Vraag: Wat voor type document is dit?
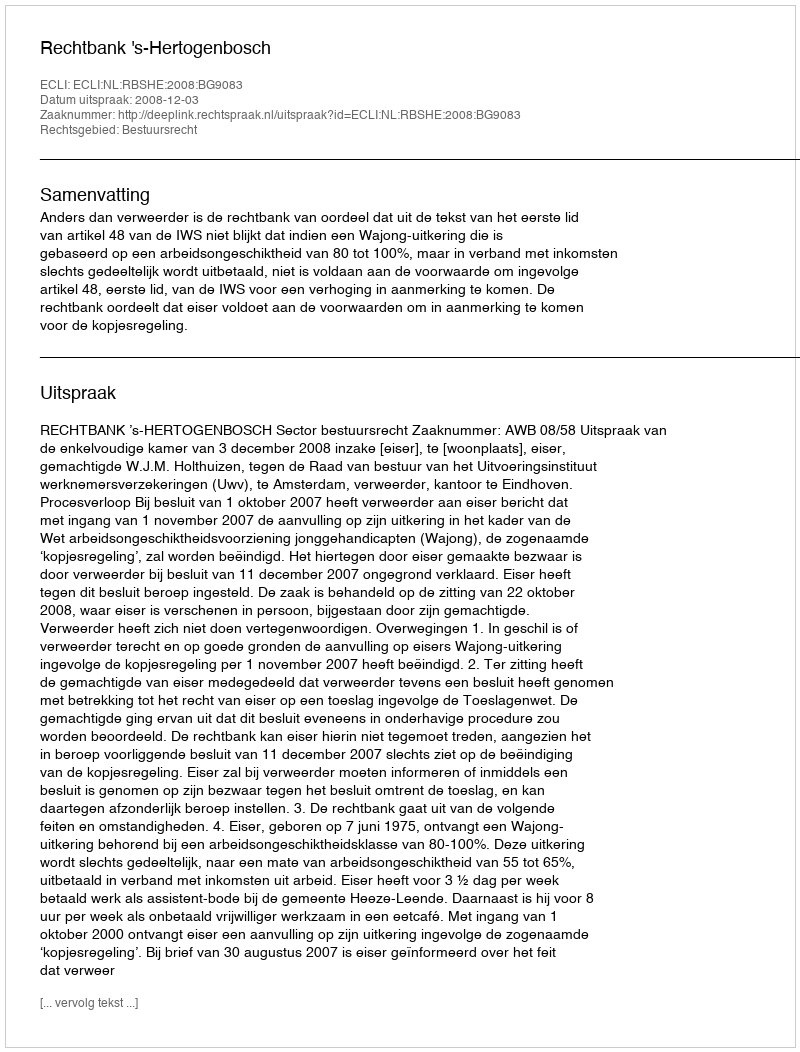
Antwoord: Uitspraak